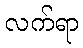
လက်ရာ